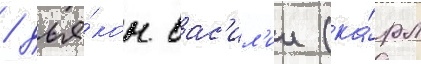
/ дья́кон вас'ил'ии (ка́рл